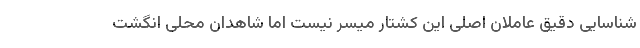
شناسایی دقیق عاملان اصلی این کشتار میسر نیست اما شاهدان محلی انگشت